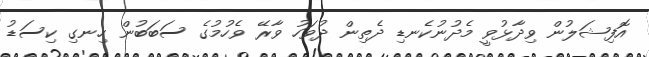
އޮފިޝަލުން ވިދާޅުވީ މެދުނުކެނޑި ދެތިން ދުވަހު ވާރޭ ވެހުމުގެ ސަބަބުން ހިނގި ކިސަޑު